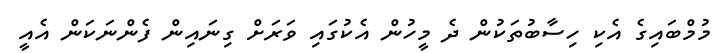
މުމްބައިގެ އެކި ހިސާބުތަކުން ދެ މީހުން އެކުގައި ވަރަށް ގިނައިން ފެންނަކަން އެއީ